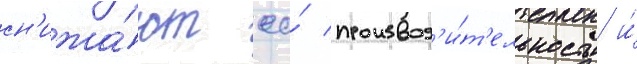
сн'ижа́ют ео́ производ'и́т'ельность и́